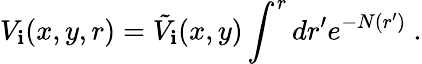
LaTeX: V_{\mathbf{i}}(x,y,r)=\tilde{{V}}_{\mathbf{i}}(x,y)\int^{r}dr^{\prime}e^{-N(r^{\prime})}~.